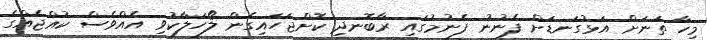
މިހާ ތަނަށް އަޅުގަނޑަށް ފެނުނު ފެނުމުގައި ރާބޮނދި ކޮށްޖަހައިގެން ލޯހަލާކުވި އެއްވެސް ކުއްޖެއްގެ